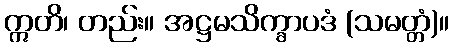
ဣတိ၊ တည်း။ အဋ္ဌမသိက္ခာပဒံ (သမတ္တံ)။